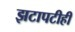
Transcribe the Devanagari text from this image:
झटापटीही